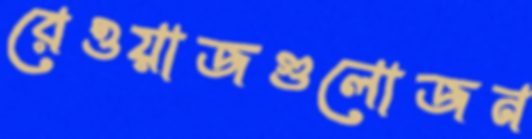
রেওয়াজগুলোজন